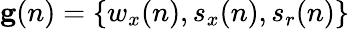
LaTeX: \mathbf{g}(n)=\{ w_{x}(n),s_{x}(n),s_{r}(n)\}